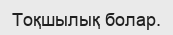
Тоқшылық болар.